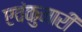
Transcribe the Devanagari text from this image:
एवंकुमारी